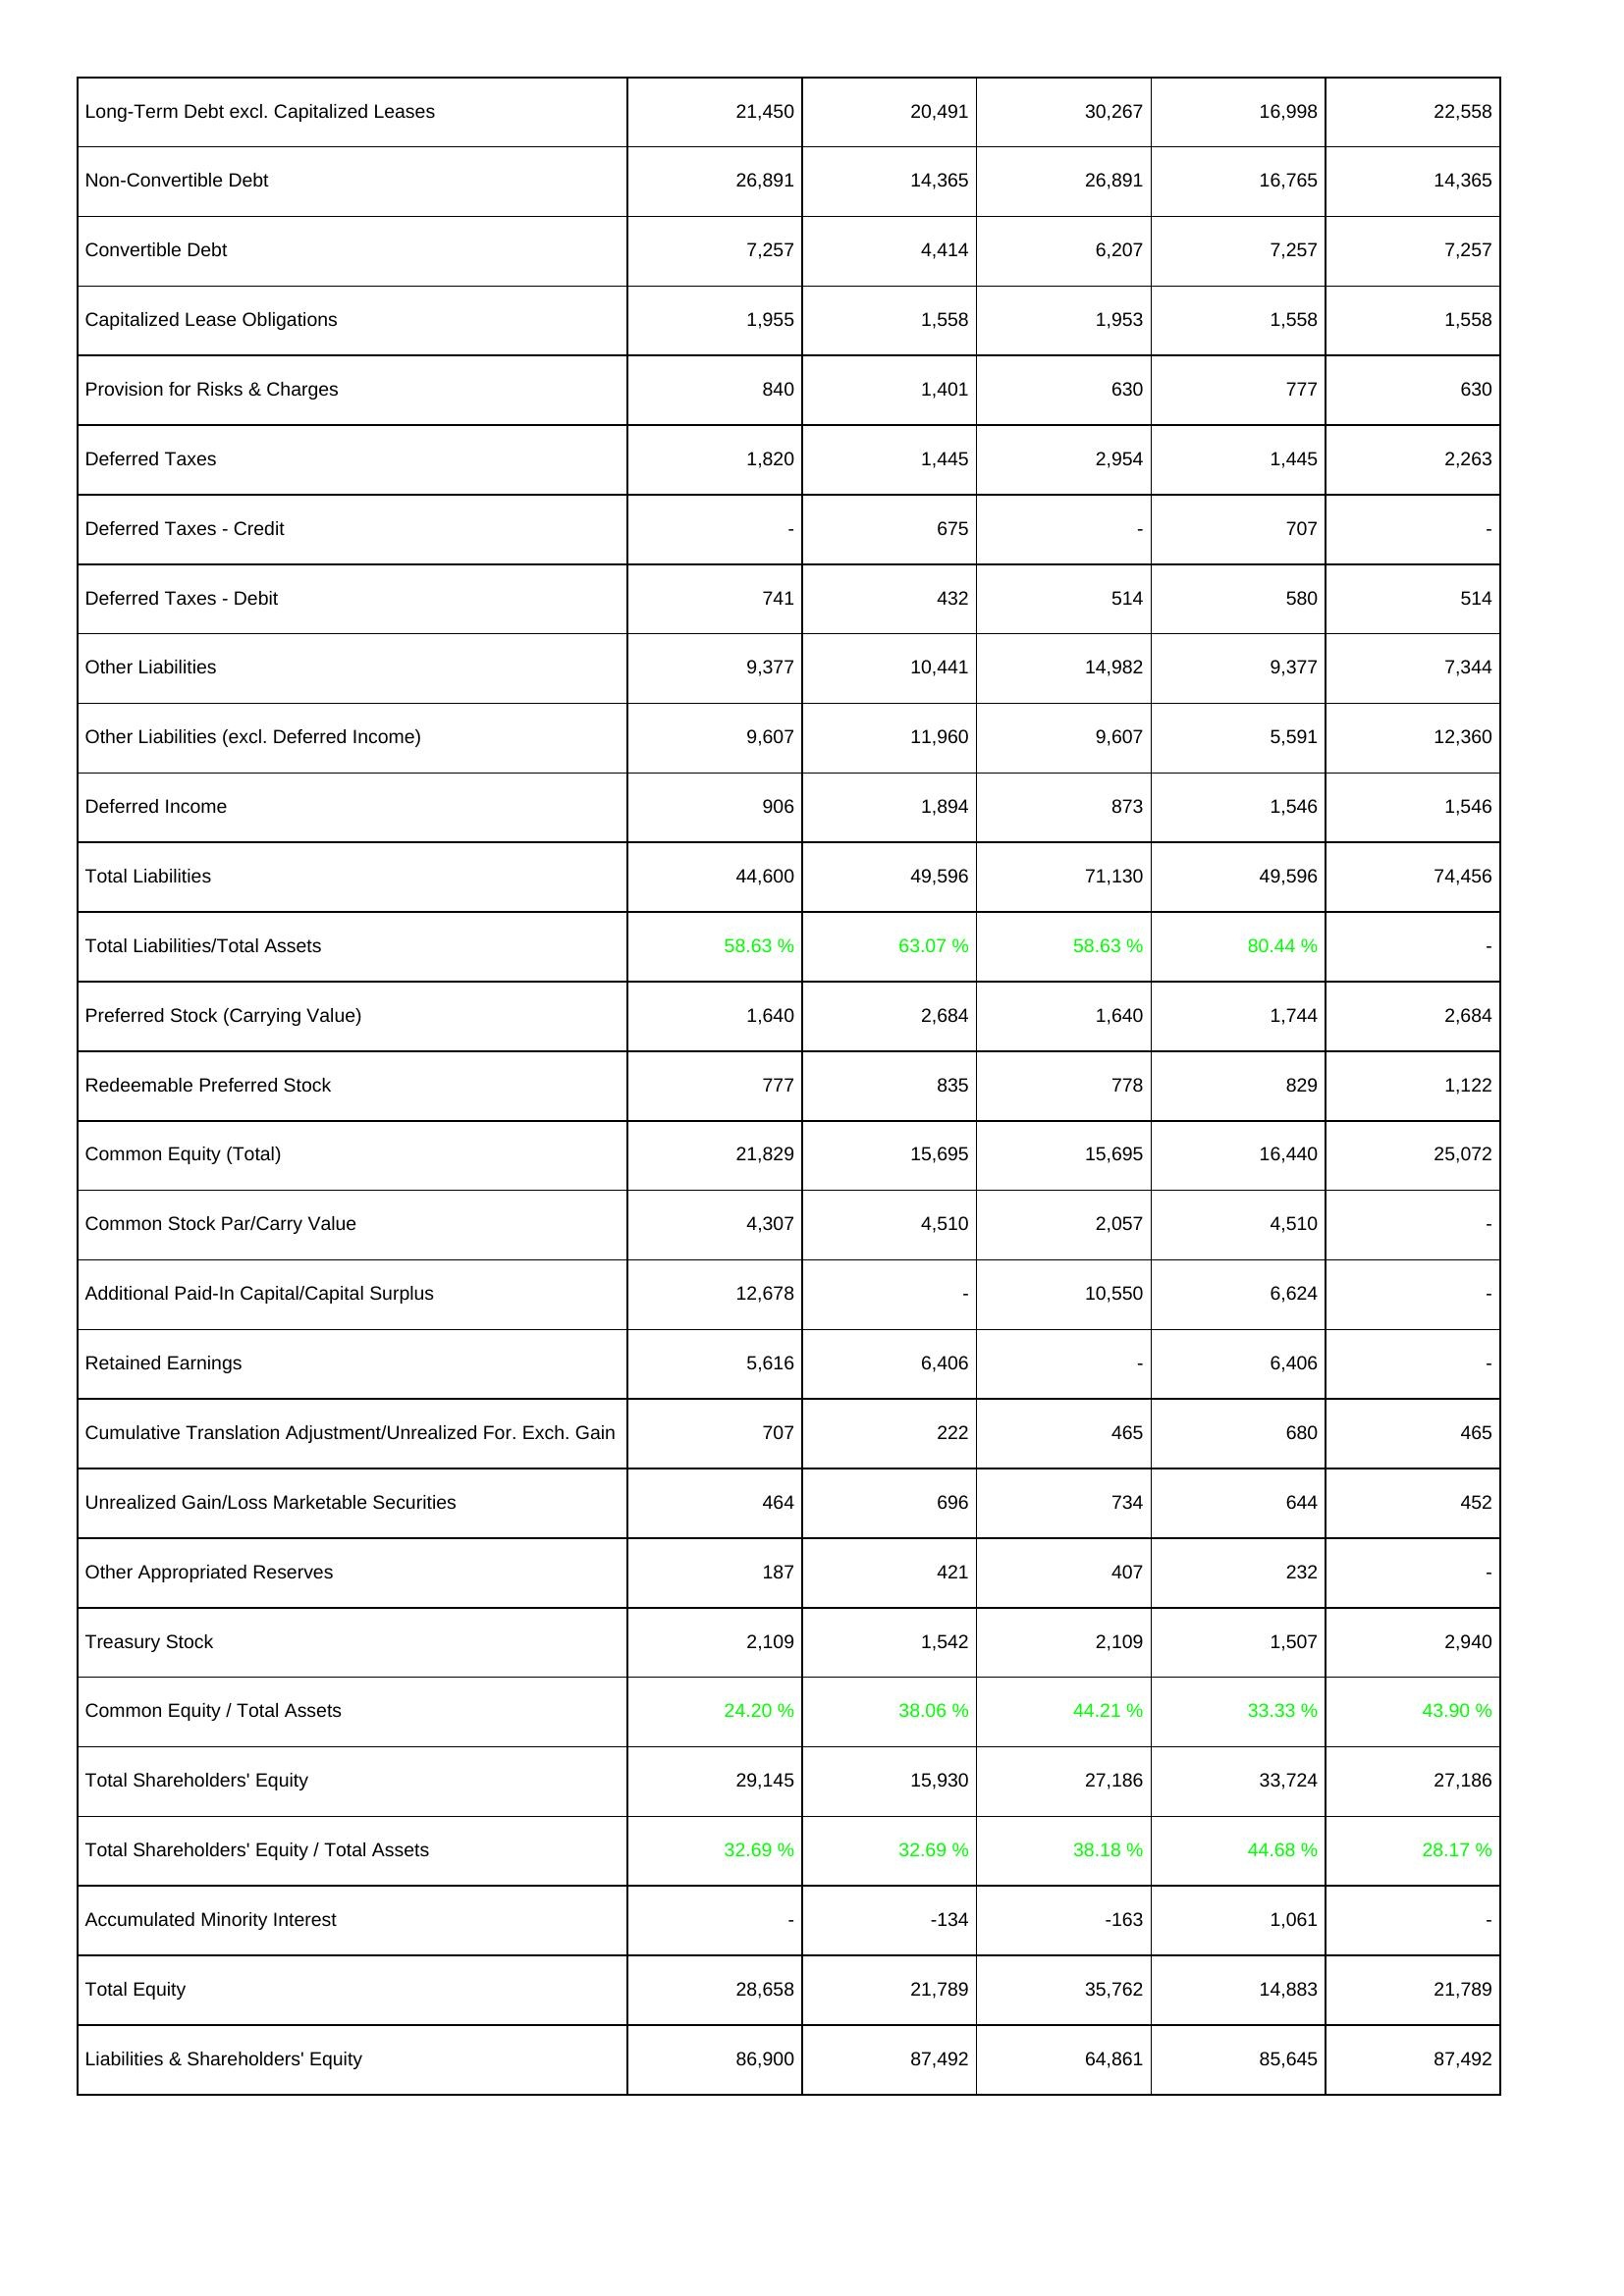
2023: Liabilities & Shareholders' Equity: Long-Term Debt excl. Capitalized Leases: 21,450
Non-Convertible Debt: 26,891
Convertible Debt: 7,257
Capitalized Lease Obligations: 1,955
Provision for Risks & Charges: 840
Deferred Taxes: 1,820
Deferred Taxes - Credit: -
Deferred Taxes - Debit: 741
Other Liabilities: 9,377
Other Liabilities (excl. Deferred Income): 9,607
Deferred Income: 906
Total Liabilities: 44,600
Total Liabilities/Total Assets: 58.63 %
Preferred Stock (Carrying Value): 1,640
Redeemable Preferred Stock: 777
Common Equity (Total): 21,829
Common Stock Par/Carry Value: 4,307
Additional Paid-In Capital/Capital Surplus: 12,678
Retained Earnings: 5,616
Cumulative Translation Adjustment/Unrealized For. Exch. Gain: 707
Unrealized Gain/Loss Marketable Securities: 464
Other Appropriated Reserves: 187
Treasury Stock: 2,109
Common Equity / Total Assets: 24.20 %
Total Shareholders' Equity: 29,145
Total Shareholders' Equity / Total Assets: 32.69 %
Accumulated Minority Interest: -
Total Equity: 28,658
Liabilities & Shareholders' Equity: 86,900
2022: Liabilities & Shareholders' Equity: Long-Term Debt excl. Capitalized Leases: 20,491
Non-Convertible Debt: 14,365
Convertible Debt: 4,414
Capitalized Lease Obligations: 1,558
Provision for Risks & Charges: 1,401
Deferred Taxes: 1,445
Deferred Taxes - Credit: 675
Deferred Taxes - Debit: 432
Other Liabilities: 10,441
Other Liabilities (excl. Deferred Income): 11,960
Deferred Income: 1,894
Total Liabilities: 49,596
Total Liabilities/Total Assets: 63.07 %
Preferred Stock (Carrying Value): 2,684
Redeemable Preferred Stock: 835
Common Equity (Total): 15,695
Common Stock Par/Carry Value: 4,510
Additional Paid-In Capital/Capital Surplus: -
Retained Earnings: 6,406
Cumulative Translation Adjustment/Unrealized For. Exch. Gain: 222
Unrealized Gain/Loss Marketable Securities: 696
Other Appropriated Reserves: 421
Treasury Stock: 1,542
Common Equity / Total Assets: 38.06 %
Total Shareholders' Equity: 15,930
Total Shareholders' Equity / Total Assets: 32.69 %
Accumulated Minority Interest: -134
Total Equity: 21,789
Liabilities & Shareholders' Equity: 87,492
2021: Liabilities & Shareholders' Equity: Long-Term Debt excl. Capitalized Leases: 30,267
Non-Convertible Debt: 26,891
Convertible Debt: 6,207
Capitalized Lease Obligations: 1,953
Provision for Risks & Charges: 630
Deferred Taxes: 2,954
Deferred Taxes - Credit: -
Deferred Taxes - Debit: 514
Other Liabilities: 14,982
Other Liabilities (excl. Deferred Income): 9,607
Deferred Income: 873
Total Liabilities: 71,130
Total Liabilities/Total Assets: 58.63 %
Preferred Stock (Carrying Value): 1,640
Redeemable Preferred Stock: 778
Common Equity (Total): 15,695
Common Stock Par/Carry Value: 2,057
Additional Paid-In Capital/Capital Surplus: 10,550
Retained Earnings: -
Cumulative Translation Adjustment/Unrealized For. Exch. Gain: 465
Unrealized Gain/Loss Marketable Securities: 734
Other Appropriated Reserves: 407
Treasury Stock: 2,109
Common Equity / Total Assets: 44.21 %
Total Shareholders' Equity: 27,186
Total Shareholders' Equity / Total Assets: 38.18 %
Accumulated Minority Interest: -163
Total Equity: 35,762
Liabilities & Shareholders' Equity: 64,861
2020: Liabilities & Shareholders' Equity: Long-Term Debt excl. Capitalized Leases: 16,998
Non-Convertible Debt: 16,765
Convertible Debt: 7,257
Capitalized Lease Obligations: 1,558
Provision for Risks & Charges: 777
Deferred Taxes: 1,445
Deferred Taxes - Credit: 707
Deferred Taxes - Debit: 580
Other Liabilities: 9,377
Other Liabilities (excl. Deferred Income): 5,591
Deferred Income: 1,546
Total Liabilities: 49,596
Total Liabilities/Total Assets: 80.44 %
Preferred Stock (Carrying Value): 1,744
Redeemable Preferred Stock: 829
Common Equity (Total): 16,440
Common Stock Par/Carry Value: 4,510
Additional Paid-In Capital/Capital Surplus: 6,624
Retained Earnings: 6,406
Cumulative Translation Adjustment/Unrealized For. Exch. Gain: 680
Unrealized Gain/Loss Marketable Securities: 644
Other Appropriated Reserves: 232
Treasury Stock: 1,507
Common Equity / Total Assets: 33.33 %
Total Shareholders' Equity: 33,724
Total Shareholders' Equity / Total Assets: 44.68 %
Accumulated Minority Interest: 1,061
Total Equity: 14,883
Liabilities & Shareholders' Equity: 85,645
2019: Liabilities & Shareholders' Equity: Long-Term Debt excl. Capitalized Leases: 22,558
Non-Convertible Debt: 14,365
Convertible Debt: 7,257
Capitalized Lease Obligations: 1,558
Provision for Risks & Charges: 630
Deferred Taxes: 2,263
Deferred Taxes - Credit: -
Deferred Taxes - Debit: 514
Other Liabilities: 7,344
Other Liabilities (excl. Deferred Income): 12,360
Deferred Income: 1,546
Total Liabilities: 74,456
Total Liabilities/Total Assets: -
Preferred Stock (Carrying Value): 2,684
Redeemable Preferred Stock: 1,122
Common Equity (Total): 25,072
Common Stock Par/Carry Value: -
Additional Paid-In Capital/Capital Surplus: -
Retained Earnings: -
Cumulative Translation Adjustment/Unrealized For. Exch. Gain: 465
Unrealized Gain/Loss Marketable Securities: 452
Other Appropriated Reserves: -
Treasury Stock: 2,940
Common Equity / Total Assets: 43.90 %
Total Shareholders' Equity: 27,186
Total Shareholders' Equity / Total Assets: 28.17 %
Accumulated Minority Interest: -
Total Equity: 21,789
Liabilities & Shareholders' Equity: 87,492